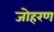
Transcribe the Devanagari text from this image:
जोहरण